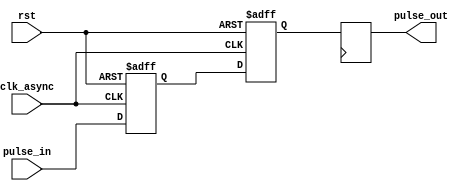
module PulseSynchronizer (
    input wire clk_async,   // Asynchronous clock input
    input wire rst,         // Reset signal
    input wire pulse_in,    // Incoming pulse signal from asynchronous domain
    output reg pulse_out    // Synchronized pulse signal in target clock domain
);

reg pulse_ff1, pulse_ff2;

always @(posedge clk_async or posedge rst)
begin
    if (rst)
    begin
        pulse_ff1 <= 1'b0;
        pulse_ff2 <= 1'b0;
    end
    else
    begin
        pulse_ff1 <= pulse_in;
        pulse_ff2 <= pulse_ff1;
    end
end

always @(posedge clk)
begin
    pulse_out <= pulse_ff2;
end

endmodule